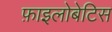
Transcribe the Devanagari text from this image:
फ़ाइलोबेटिस